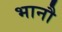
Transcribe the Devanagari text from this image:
भानौ